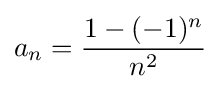
a_{n}={\frac {1-(-1)^{n}}{n^{2}}}